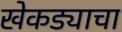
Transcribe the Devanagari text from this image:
खेकड्याचा